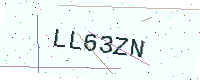
Text: LL63ZN